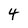
Character: 4